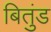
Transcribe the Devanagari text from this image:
बितुंड